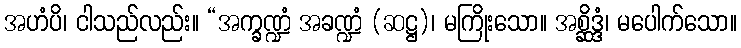
အဟံပိ၊ ငါသည်လည်း။ “အက္ခဏ္ဍံ အခဏ္ဍံ (ဆဋ္ဌ)၊ မကြိုးသော။ အစ္ဆိဒ္ဒံ၊ မပေါက်သော။